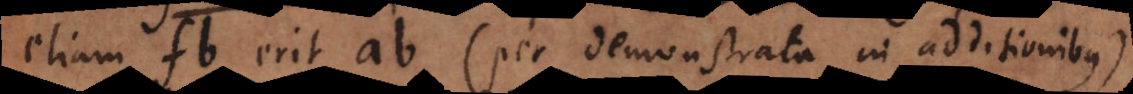
etiam fb erit ab (per demonstrata in additionibus)